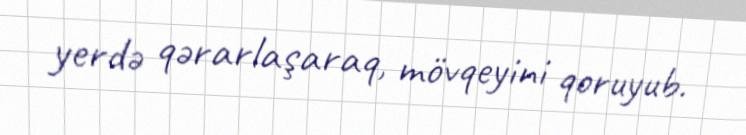
yerdə qərarlaşaraq, mövqeyini qoruyub.